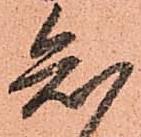
知